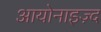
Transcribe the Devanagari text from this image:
आयोनाइज़्द